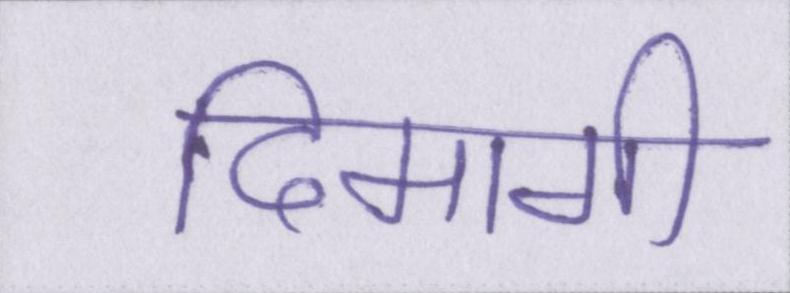
दिमागी